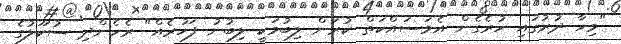
"މިހާ ދުރުގައި ހުރެގެން އެމަސައްކަތް ކުރަން ލިބުމަކީ ލިބުނު ފަހުރެއް" ރެހެންދި ސުކޫލުގެ